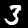
Label: 3